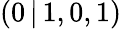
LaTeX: (0\, |\, 1,0,1)